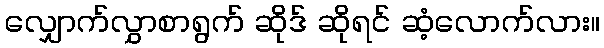
လျှောက်လွှာစာရွက် ဆိုဒ် ဆိုရင် ဆံ့လောက်လား။